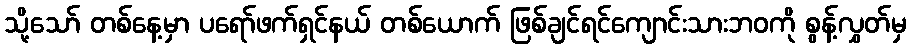
သို့သော် တစ်နေ့မှာ ပရော်ဖက်ရှင်နယ် တစ်ယောက် ဖြစ်ချင်ရင်ကျောင်းသားဘဝကို စွန့်လွှတ်မှ